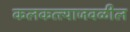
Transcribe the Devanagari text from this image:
कलकत्त्याजवळील